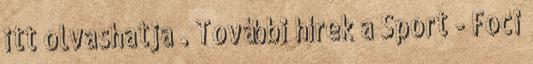
itt olvashatja . További hírek a Sport - Foci